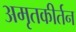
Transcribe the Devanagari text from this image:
अमृतकीर्तन